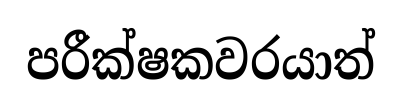
පරීක්ෂකවරයාත්